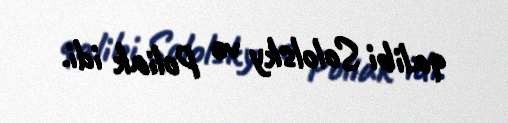
qalibi Sololsky və Poliak idi.